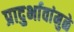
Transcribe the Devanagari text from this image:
प्रादुर्भावांमुळे